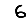
Digit: 6